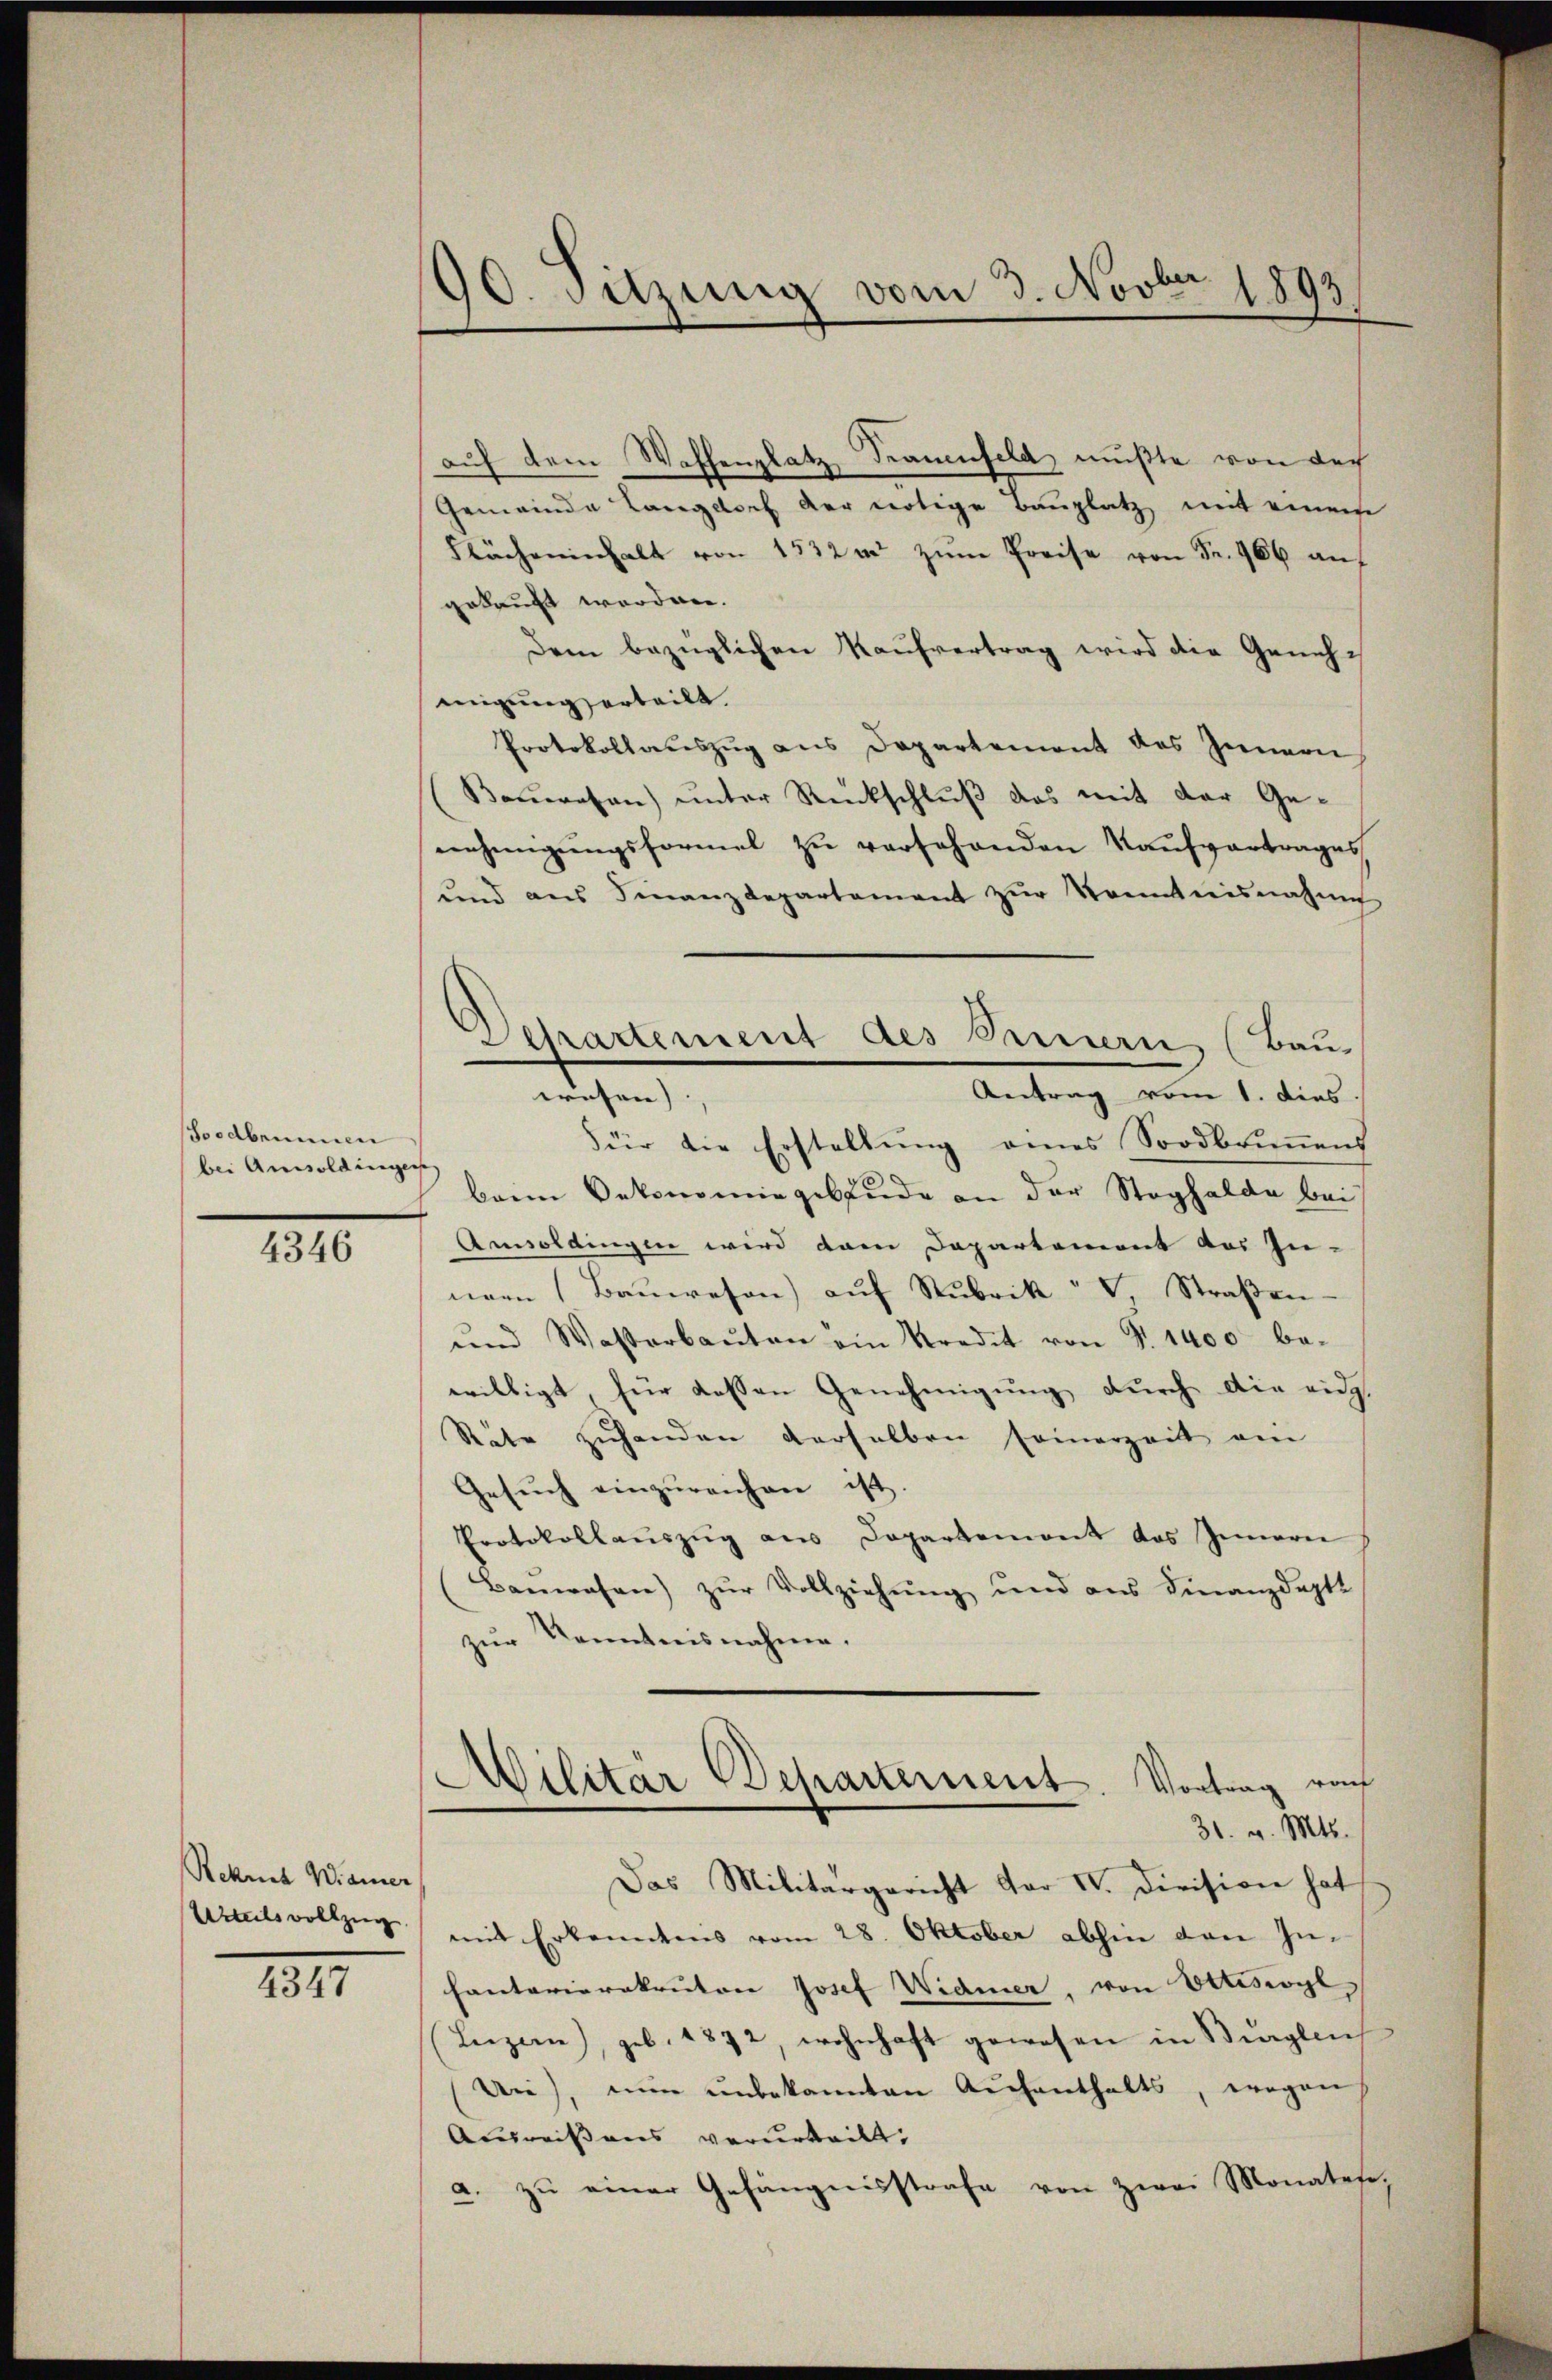
Boodbrunnen
bei Aussoldungen

4346

Rekrich Warner
Urteils vollzug

4347

90. Sitzung vom 3. Novbr 1893

auf dem Waffenplatz, Trauenfeld, mußte von doch
Gemeinde Langdorf der nötige Bauplatz mit einem
Kächeninhalt von 1532 u. zŭm Preise von Fr. 466 auf
gekauft worden.
dem bezüglichen Kaŭfvertrag wird die Genehmigung erteilt.
Protokollauszug aus Departement des Innern
Bauwesen) unter Rückschluß das mit der Ge-
nehmigŭngsformel zŭ versehenden Kaŭfvertrages.
und ans Finanzdepartement zŭr Kenntnisnahme
Antrag vom 1. dies.
Für die Erstellŭng eines Soodbrunnens
brei Oekonomiegebäude an der Steghalde bei
Amsoldungen wird dan Departement des In-
nern (Baŭwesen aŭf Rubrik" V. Straβen.
und Wasterbaŭten ein Kredit von d. 1400 be-
willigt, für dessen Genehmigung durch die eidg.
Räte zŭhanden derselben seinerzeit am
Gesŭch einzŭreichen ist,
Protokollaŭszŭg ans Dopartement das Immern
Bauwesen) zŭr Vollziehŭng und ans Finanzdeptt
zŭr Kenntnisnahme.
Militär Departernent. Vortrag rach
31. v. Mts.
Das Militärgericht der St. Division hat
mit Erkenntnis vom 28. Oktober abhin den In¬
Fantarierekruten Josef Widmer, von Ettiswyl
(Luzern, geb. 1872, wohnhaft gewesen in Bieglen
Uri), nun unbekannten Aufenthalts, wegens
Ausreissens verurteilt,
a. zŭ einer Gefängnisstrafe von zwei Monates,

Departement des Seinern (Bau-
wesen) |